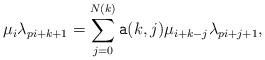
LaTeX: \begin{align*}\mu_i\lambda_{pi+k+1}=\sum_{j=0}^{N(k)} {\tt a}(k,j)\mu_{i+k-j}\lambda_{pi+j+1},\end{align*}